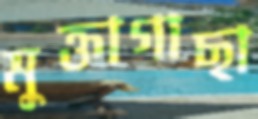
মুক্তাগাছা